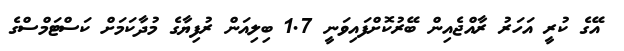
އޭގެ ކުރީ އަހަރު ރާއްޖެއިން ބޭރުކޮށްފައިވަނީ 1.7 ބިލިއަން ރުފިޔާގެ މުދާކަމަށް ކަސްޓަމްސްގެ